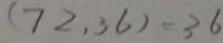
( 7 2 , 3 6 ) = 3 6